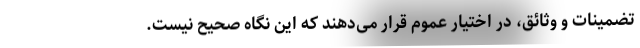
تضمینات و وثائق، در اختیار عموم قرار می‌دهند که این نگاه صحیح نیست.